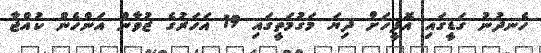
ހެނދުނު ގަޑީގައި އޮފީހަށް ދިޔަ މަގުމަތީގައި 19 އަހަރުގެ ޒުވާން އަންހެން ކުއްޖާ